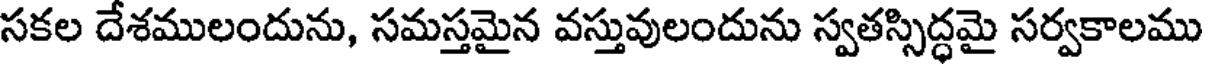
సకల దేశములందును, సమస్తమైన వస్తువులందును స్వతస్సిద్ధమై సర్వకాలము